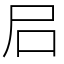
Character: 𡰪